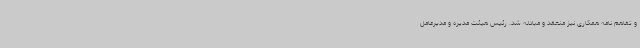
و تفاهم نامه همکاری نیز منعقد و مبادله شد. رئیس هیئت مدیره و مدیرعامل